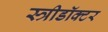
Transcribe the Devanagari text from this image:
स्त्रीडॉक्टर